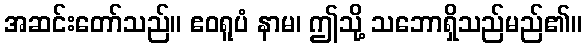
အဆင်းတော်သည်။ ဧဝရူပံ နာမ၊ ဤသို့ သဘောရှိသည်မည်၏။